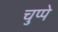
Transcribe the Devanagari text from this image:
चुप्पे